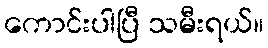
ကောင်းပါပြီ သမီးရယ်။